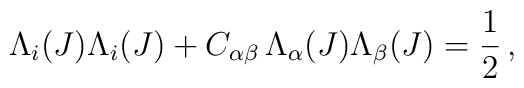
\Lambda_i(J) \Lambda_i(J) + C_{\alpha \beta} \,\Lambda_\alpha(J)\Lambda_\beta(J) = \frac{1}{2} \,,